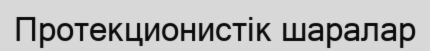
Протекционистік шаралар